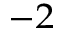
^ { - 2 }